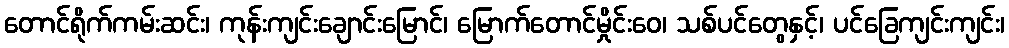
တောင်ရိုက်ကမ်းဆင်း၊ ကုန်းကျင်းချောင်းမြောင်၊ မြောက်တောင်မှိုင်းဝေ၊ သစ်ပင်တွေနှင့်၊ ပင်ခြေကျင်းကျင်း၊